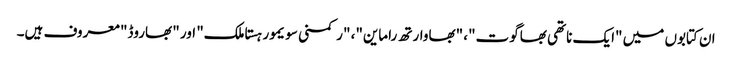
ان کتابوں میں "ایک ناتھی بھاگوت"، "بھاوارتھ راماین"، "رکمنی سویمور ہستاملک" اور "بھاروڈ" معروف ہیں۔